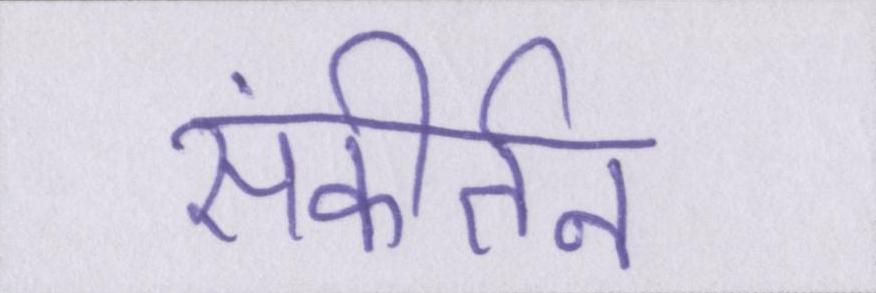
संकीर्तन